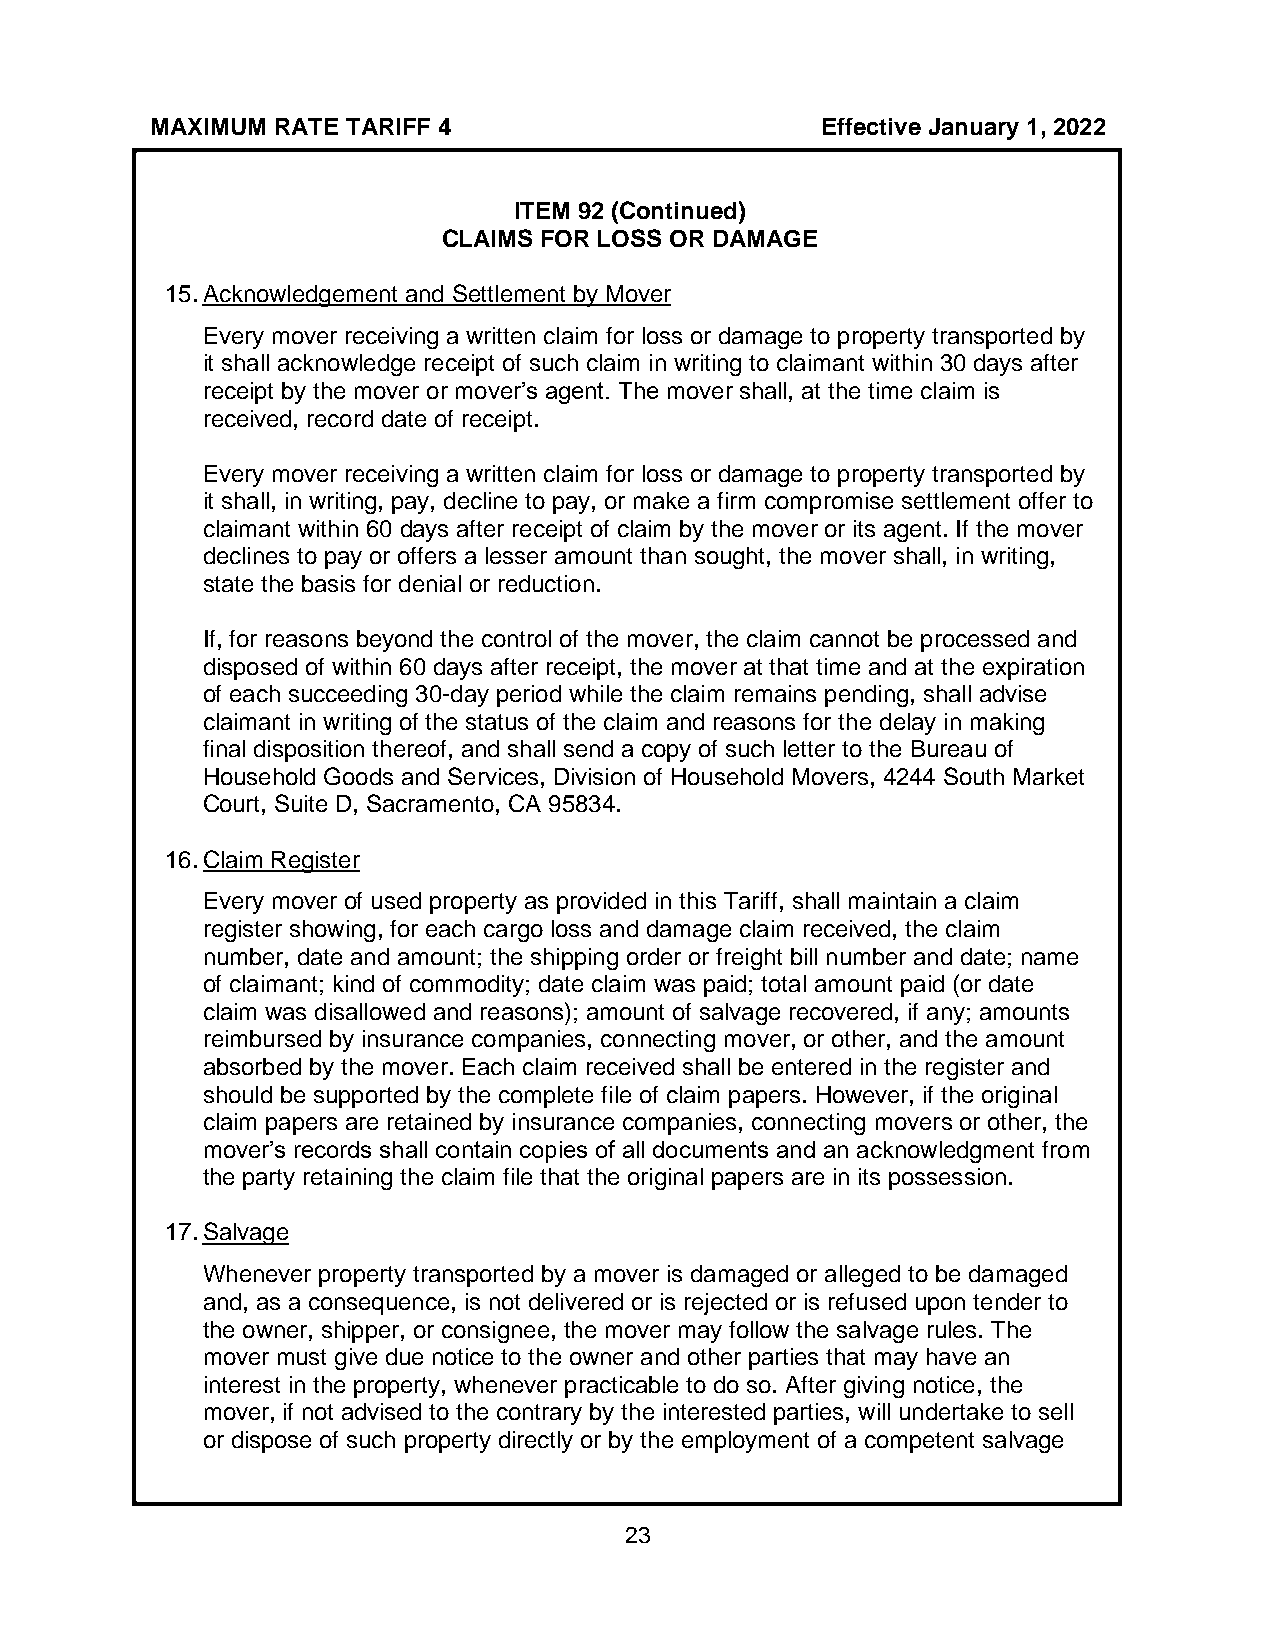
MAXIMUM RATE TARIFF 4                       Effective January 1, 2022
 ITEM 92 (Continued)
 CLAIMS FOR LOSS OR DAMAGE
 15. Acknowledgement and Settlement by Mover
 Every mover receiving a written claim for loss or damage to property transported by
 it shall acknowledge receipt of such claim in writing to claimant within 30 days after
 receipt by the mover or mover’s agent. The mover shall, at the time claim is
 received, record date of receipt.
 Every mover receiving a written claim for loss or damage to property transported by
 it shall, in writing, pay, decline to pay, or make a firm compromise settlement offer to
 claimant within 60 days after receipt of claim by the mover or its agent. If the mover
 declines to pay or offers a lesser amount than sought, the mover shall, in writing,
 state the basis for denial or reduction.
 If, for reasons beyond the control of the mover, the claim cannot be processed and
 disposed of within 60 days after receipt, the mover at that time and at the expiration
 of each succeeding 30-day period while the claim remains pending, shall advise
 claimant in writing of the status of the claim and reasons for the delay in making
 final disposition thereof, and shall send a copy of such letter to the Bureau of
 Household Goods and Services, Division of Household Movers, 4244 South Market
 Court, Suite D, Sacramento, CA 95834.
 16. Claim Register
 Every mover of used property as provided in this Tariff, shall maintain a claim
 register showing, for each cargo loss and damage claim received, the claim
 number, date and amount; the shipping order or freight bill number and date; name
 of claimant; kind of commodity; date claim was paid; total amount paid (or date
 claim was disallowed and reasons); amount of salvage recovered, if any; amounts
 reimbursed by insurance companies, connecting mover, or other, and the amount
 absorbed by the mover. Each claim received shall be entered in the register and
 should be supported by the complete file of claim papers. However, if the original
 claim papers are retained by insurance companies, connecting movers or other, the
 mover’s records shall contain copies of all documents and an acknowledgment from
 the party retaining the claim file that the original papers are in its possession.
 17. Salvage
 Whenever property transported by a mover is damaged or alleged to be damaged
 and, as a consequence, is not delivered or is rejected or is refused upon tender to
 the owner, shipper, or consignee, the mover may follow the salvage rules. The
 mover must give due notice to the owner and other parties that may have an
 interest in the property, whenever practicable to do so. After giving notice, the
 mover, if not advised to the contrary by the interested parties, will undertake to sell
 or dispose of such property directly or by the employment of a competent salvage
 23